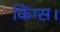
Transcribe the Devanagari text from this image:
किंग्स।